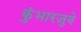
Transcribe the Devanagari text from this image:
कुंभारजुवे